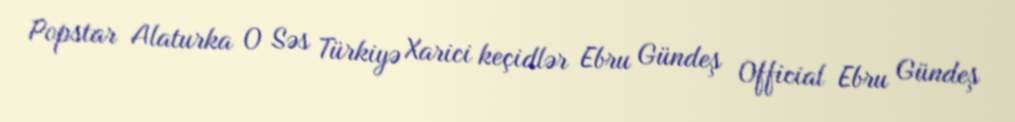
Popstar Alaturka O Səs Türkiyə Xarici keçidlər Ebru Gündeş Official Ebru Gündeş